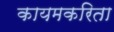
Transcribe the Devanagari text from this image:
कायमकरिता